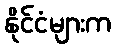
နိုင်ငံများက